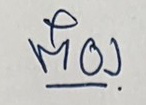
ต๋อง